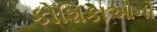
કોશિકાઓનો